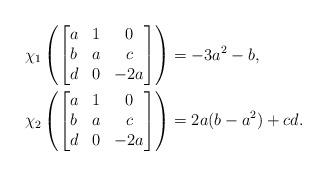
LaTeX: \begin{align*}\chi_1\left(\begin{bmatrix}a&1&0\\b&a&c\\d&0&-2a\end{bmatrix}\right)&=-3a^2-b,\\\chi_2\left(\begin{bmatrix}a&1&0\\b&a&c\\d&0&-2a\end{bmatrix}\right)&=2a(b-a^2)+cd.\end{align*}